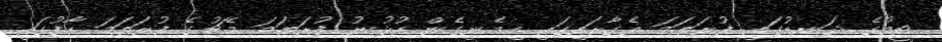
ޓީމުގެ ދަނޑުގައި ފުރަތަމަ އެގާރައިގައި ހިމެނިގެން ކުޅުނު ފުރަތަމަ މެޗުގެ ފުރަތަމަ ހާފުގައި